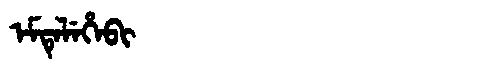
Manchu: ᡝᠮᡨᡝᠯᡝᡥᡝᠪᡳ
Romanization: EMTELEHEBI